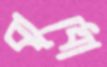
বাধো